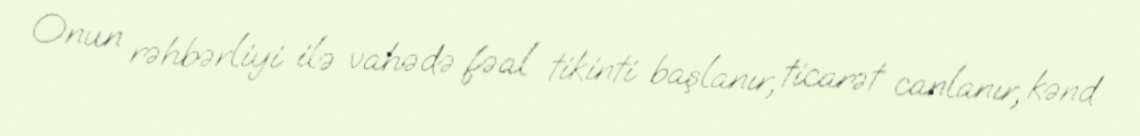
Onun rəhbərliyi ilə vahədə fəal tikinti başlanır, ticarət canlanır, kənd